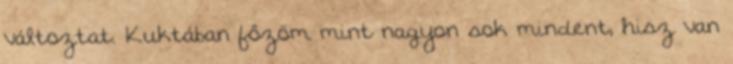
változtat. Kuktában főzöm mint nagyon sok mindent, hisz van